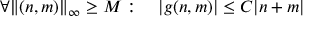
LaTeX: \forall \| ( n , m ) \| _ { \infty } \geq M : \quad | g ( n , m ) | \leq C | n + m |